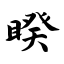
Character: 睽